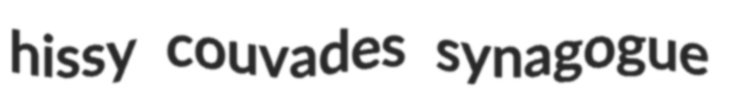
hissy couvades synagogue